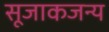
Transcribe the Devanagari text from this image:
सूजाकजन्य